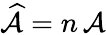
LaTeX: \widehat{\mathcal{A}}=n\, \mathcal{A}